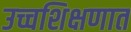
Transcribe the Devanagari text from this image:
उच्चशिक्षणात